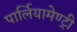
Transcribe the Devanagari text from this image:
पार्लियामेण्ट्री